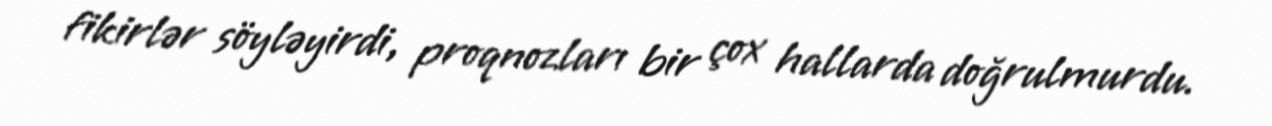
fikirlər söyləyirdi, proqnozları bir çox hallarda doğrulmurdu.